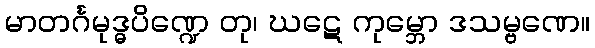
မာတင်္ဂမုဒ္ဓပိဏ္ဍေ တု၊ ဃဋေ ကုမ္ဘော ဒသမ္ဗဏေ။